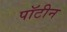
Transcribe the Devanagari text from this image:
पॉटीन